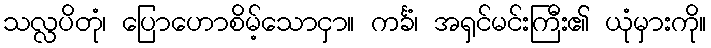
သလ္လပိတုံ၊ ပြောဟောစိမ့်သောငှာ။ ကင်္ခံ၊ အရှင်မင်းကြီး၏ ယုံမှားကို။